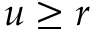
u \ge r